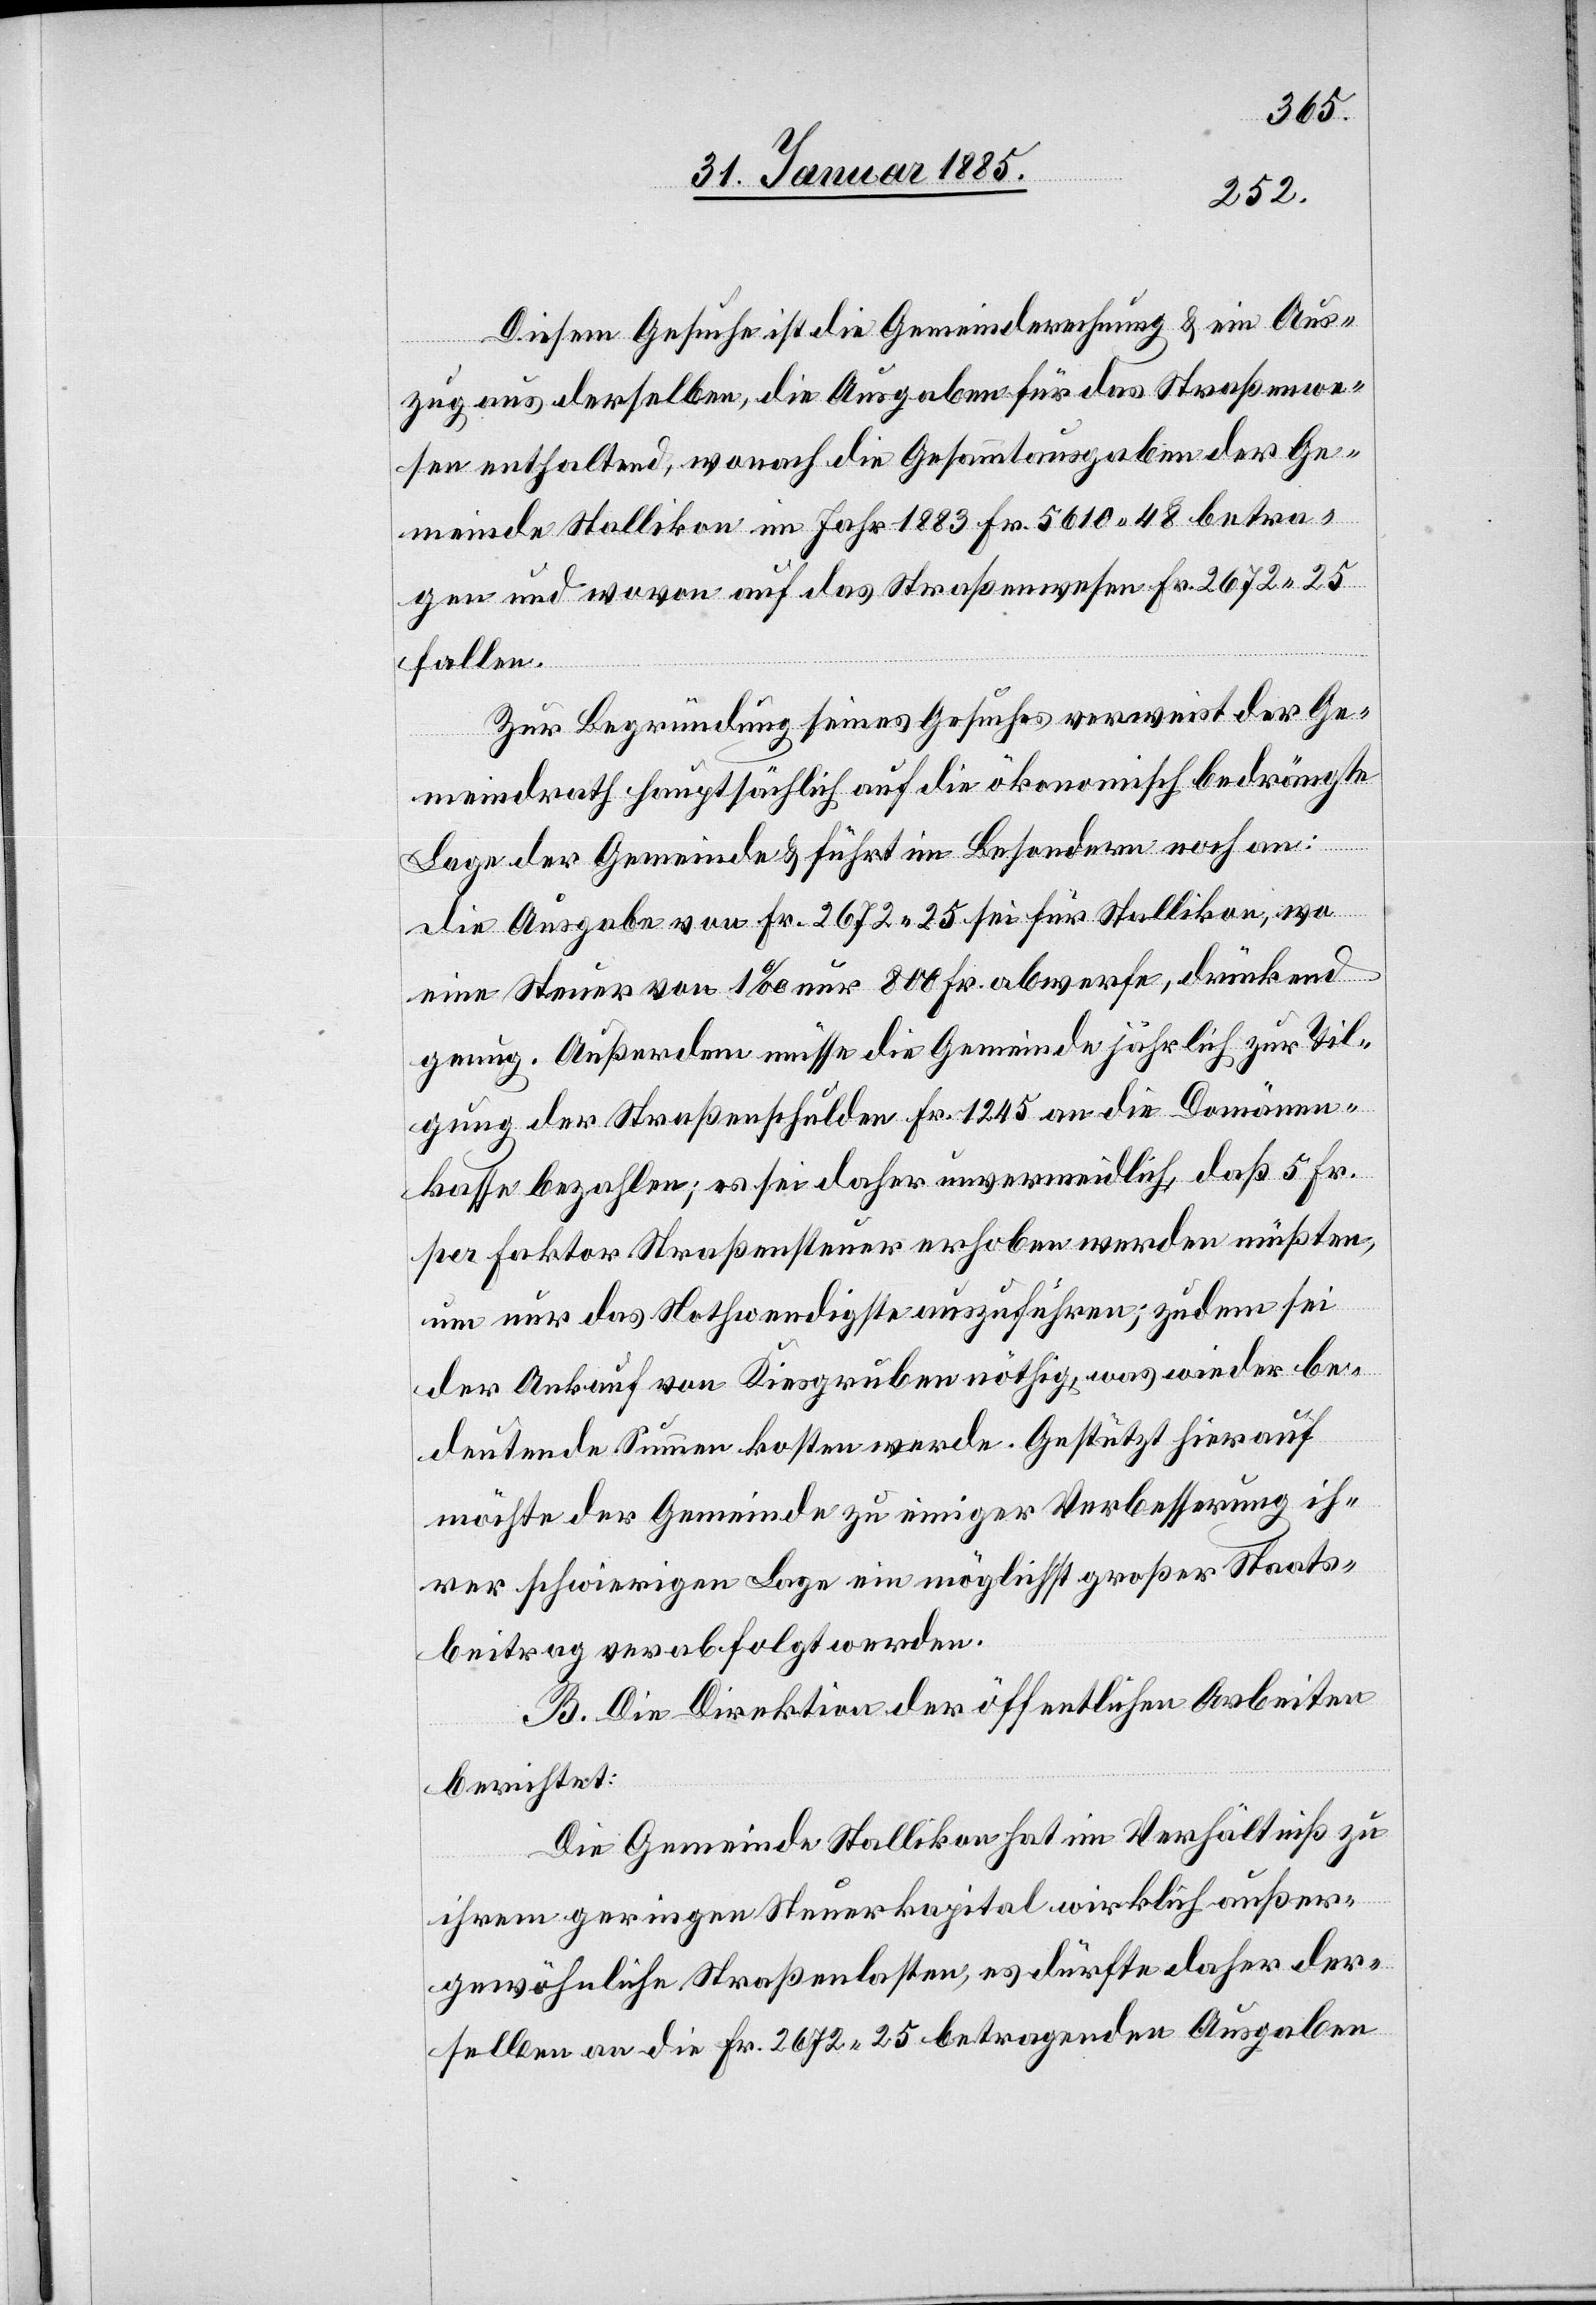
Diesem Gesuche ist die Gemeinderechnung & ein Aus¬
zug aus derselben, die Ausgaben für das Straßenwe¬
sen enthaltend, wonach die Gesammtausgaben der Ge¬
meinde Stallikon im Jahr 1883 Fr. 5610 48 betra¬
gen und wovon auf das Straßenwesen Fr. 2672 25
fallen.
Zur Begründung seines Gesuches verweist der Ge¬
meindrath hauptsächlich auf die ökonomisch bedrängte
Lage der Gemeinde & führt im Besondern noch an:
Die Ausgabe von Fr. 2672 25 sei für Stallikon, wo
eine Steuer von 1‰ nur 800 Fr. abwerfe, drückend
genug. Außerdem müsse die Gemeinde jährlich zur Til¬
gung der Straßenschulden Fr. 1245 an die Domänen¬
kasse bezahlen; es sei daher unvermeidlich, daß 5 Fr.
per Faktor Straßensteuer erhoben werden müßten,
um nur das Nothwendigste auszuführen; zudem sei
der Ankauf von Kiesgruben nöthig, was wieder be¬
deutende Summen kosten werde. Gestützt hierauf
möchte der Gemeinde zu einiger Verbesserung ih¬
rer schwierigen Lage ein möglichst großer Staats¬
beitrag verabfolgt werden.
B. Die Direktion der öffentlichen Arbeiten
berichtet:
Die Gemeinde Stallikon hat im Verhältnis zu
ihrem geringen Steuerkapital wirklich außer¬
gewöhnliche Straßenlasten, es dürfte daher der¬
selben an die Fr. 2672 25 betragenden Ausgaben